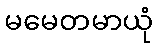
မမေတမာယုံ